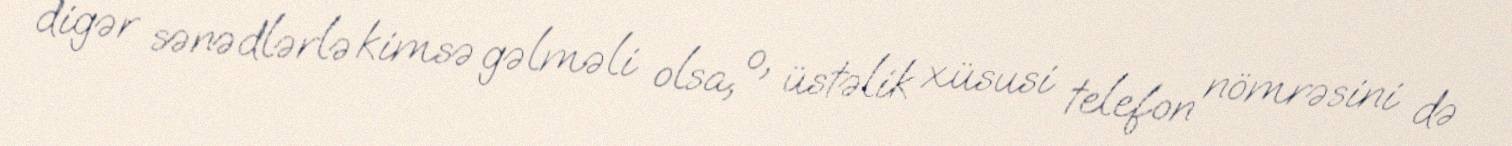
digər sənədlərlə kimsə gəlməli olsa, o, üstəlik xüsusi telefon nömrəsini də